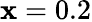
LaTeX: \mathbf{x}=0.2